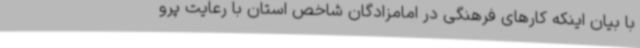
با بیان اینکه کارهای فرهنگی در امامزادگان شاخص استان با رعایت پرو